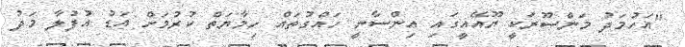
"އަހުމަދު މަންސޫރަކީ ޔޫއޭއީގައި އިންސާނީ ހައްގުތައް ހިމާޔަތް ކުރުމަށް އަޑު އުފުލާ މަދު